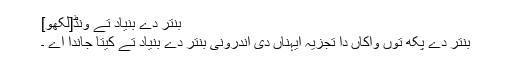
بنتر دے بنیاد تے ونڈ[لکھو]
بنتر دے پکھ توں واکاں دا تجزیہ ایہناں دی اندرونی بنتر دے بنیاد تے کیتا جاندا اے ۔